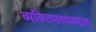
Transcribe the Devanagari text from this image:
व्यक्तिमत्वाबद्दल